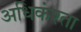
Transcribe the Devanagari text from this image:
अधिकंश्ता